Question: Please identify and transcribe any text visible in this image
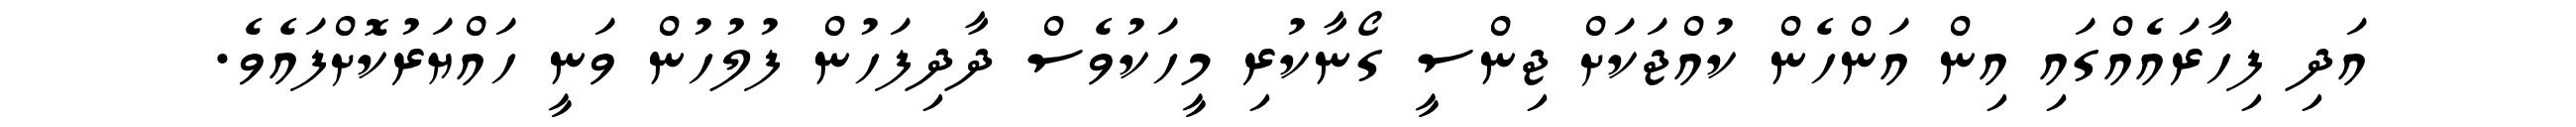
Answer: އަދި ފިހާރައެއްގައި އިން އަންހެން ކުއްޖަކަށް ޖިންސީ ގޯނާކުރި މީހަކުވެސް ދާދިފަހުން ފުލުހުން ވަނީ ހައްޔަރުކޮށްފައެވެ.